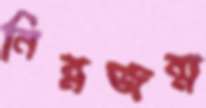
নিম্নজন্ম